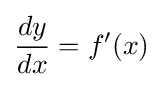
{\frac {dy}{dx}}=f'(x)